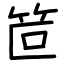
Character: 笸